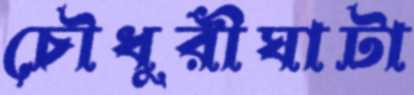
চৌধুরীঘাটা